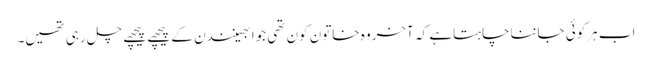
اب ہرکوئی جانناچاہتاہے کہ آخروہ خاتون کون تھی جوابھینندن کے پیچھے پیچھے چل رہی تھیں۔